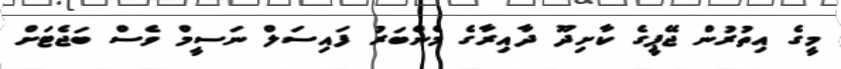
މީގެ އިތުރުން ޖޭޕީގެ ކާށިދޫ ދާއިރާގެ މެންބަރު ފައިސަލް ނަސީމް ވެސް ބަޖެޓަށް